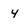
Character: 4